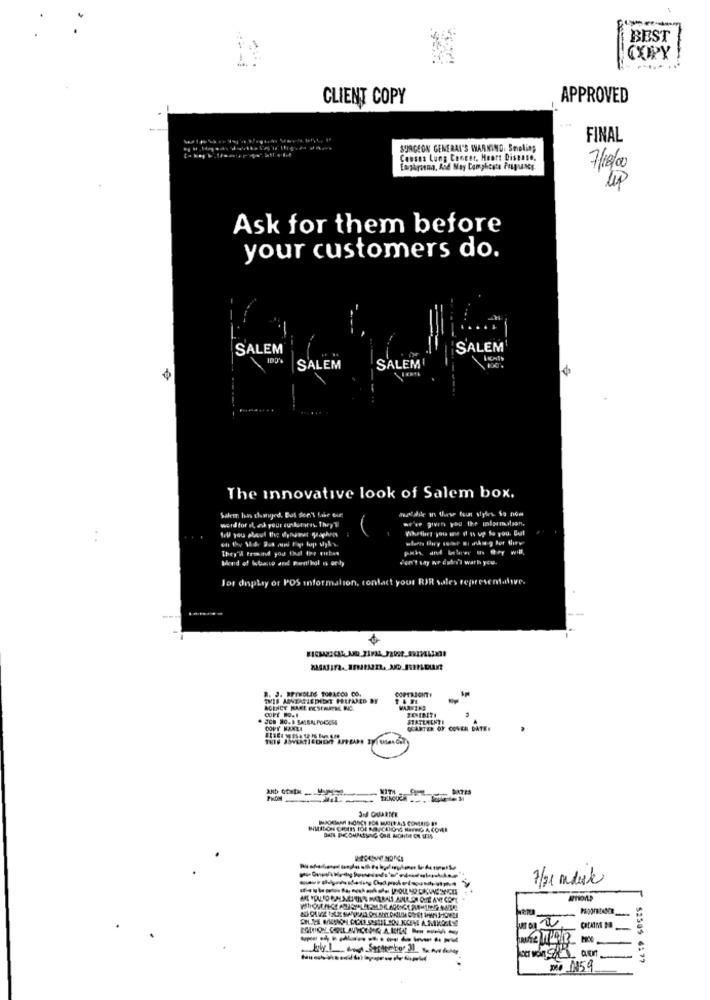
BEST
COPY
CLIENT COPY
APPROVED
FINAL
SURGEON GENERAL'S WARNING. Smelling
Causes Lung Cancer, Heart Disease.
7/18/00
Ask for them before
your customers do.
SALEM
SALEM
100%
SALEM
SALEM
The innovative look of Salem box.
word for il, ak your dunkerores. They 1
we've giun you the information,
They'W Promind you that the vibes
Bend of lobato and Penthol is only
don't say we didn't warh you.
For display of POS information, contact your RIR sales representalive.
COPYRIGHT
Cort #o.l
. JO8 80. 1 SALEALPOLSOSE
COPY KANTA
QUARTER OF COVER DATE.
Ky1 Cm September 30 We Are dolay
co won aEn
-
52585 6177